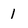
Character: 1